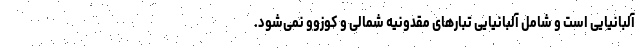
آلبانیایی است و شامل آلبانیایی تبارهای مقدونیه شمالی و کوزوو نمی‌شود.